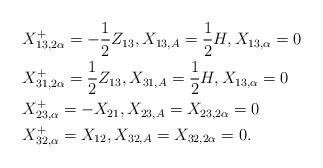
LaTeX: \begin{align*}&X_{13, 2\alpha}^+=-\frac{1}{2}Z_{13}, X_{13, A}=\frac{1}{2}H,X_{13, \alpha}=0\\&X_{31, 2\alpha}^+=\frac{1}{2}Z_{13},X_{31, A}=\frac{1}{2}H,X_{13,\alpha}=0\\&X_{23, \alpha}^+= -X_{21},X_{23, A}=X_{23, 2\alpha}=0\\&X_{32, \alpha}^+=X_{12},X_{32,A}=X_{32, 2\alpha}=0.\end{align*}